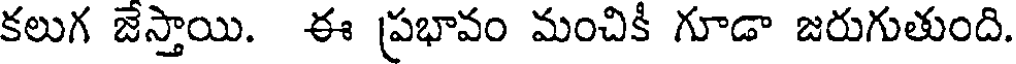
కలుగ జెస్తాయి. ఈ ప్రభావం మంచికి గూడా జరుగుతుంది.